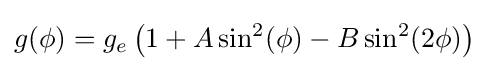
g(\phi )=g_{e}\left(1+A\sin ^{2}(\phi )-B\sin ^{2}(2\phi )\right)